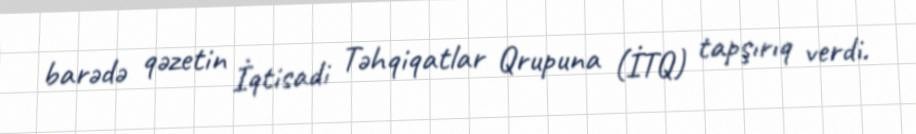
barədə qəzetin İqtisadi Təhqiqatlar Qrupuna (İTQ) tapşırıq verdi.